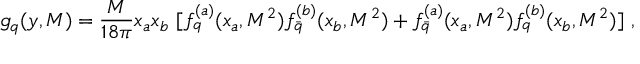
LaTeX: g _ { q } ( y , M ) = { \frac { M } { 1 8 \pi } } x _ { a } x _ { b } \ [ f _ { q } ^ { ( a ) } ( x _ { a } , M ^ { 2 } ) f _ { \bar { q } } ^ { ( b ) } ( x _ { b } , M ^ { 2 } ) + f _ { \bar { q } } ^ { ( a ) } ( x _ { a } , M ^ { 2 } ) f _ { q } ^ { ( b ) } ( x _ { b } , M ^ { 2 } ) ] \ ,